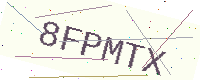
Text: 8FPMTX